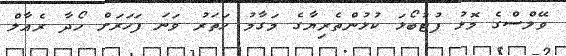
ވޭލްސްގެ މޮޅު ފުޓުބޯޅަ ކުޅުންތެރިޔާގެ މަގާމު ހަތަރު ވަނަ ފަހަރަށް ހޯދާ ރެއާލް